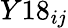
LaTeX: Y18_{ij}